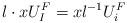
LaTeX: \begin{align*}l\cdot xU_I^F = xl^{-1}U_i^F\end{align*}